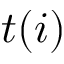
t ( i )